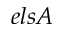
e l s A